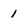
Character: 1